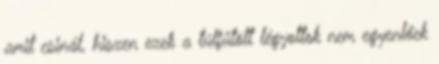
amit csinál, hiszen ezek a túlfűtött légyottok nem egyenlőek